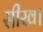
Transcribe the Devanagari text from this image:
सीख।